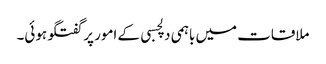
ملاقات میں باہمی دلچسبی کے امور پر گفتگو ہوئی۔